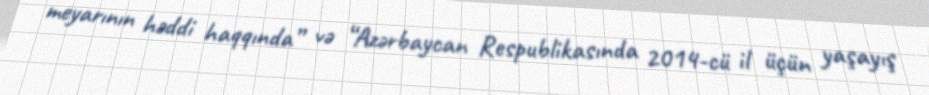
meyarının həddi haqqında” və “Azərbaycan Respublikasında 2014-cü il üçün yaşayış